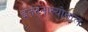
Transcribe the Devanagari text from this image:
इंतरनास्योनाल